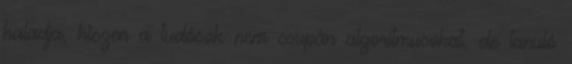
haladja, hiszen a tudósok nem csupán algoritmusokat, de tanuló